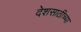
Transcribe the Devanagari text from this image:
देशसाठीच्या